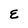
Character: E